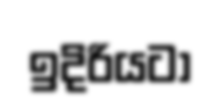
ඉදිරියටා